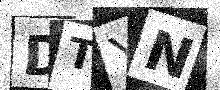
Text: DTYN